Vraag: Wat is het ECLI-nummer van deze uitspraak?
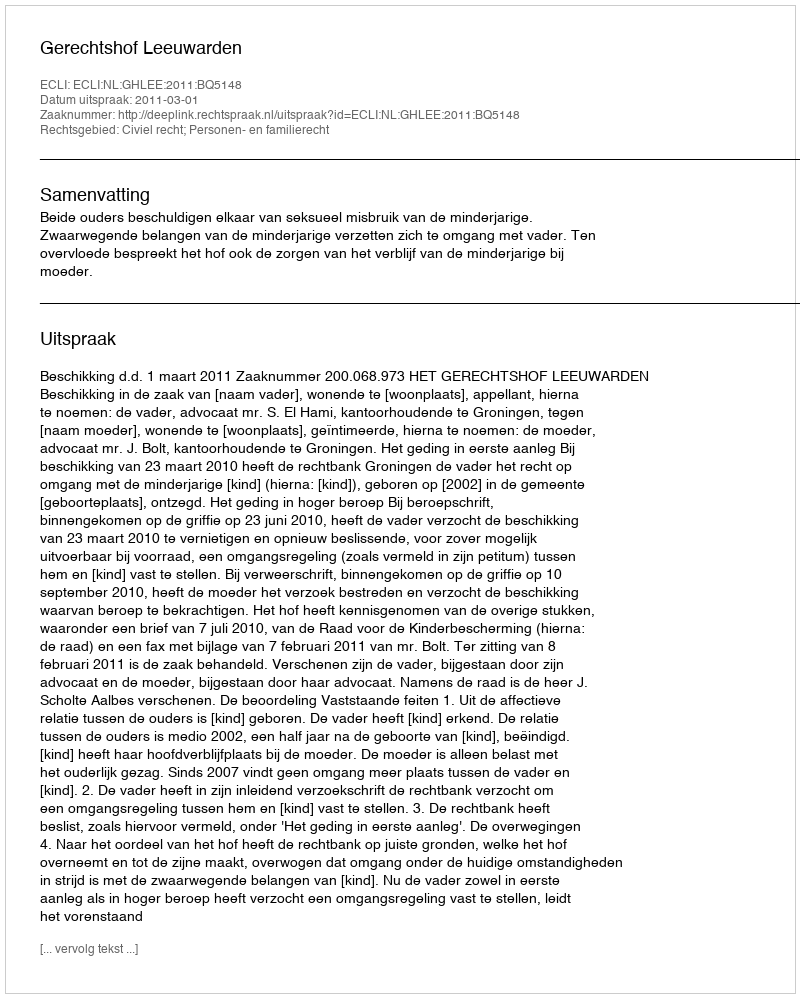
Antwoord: ECLI:NL:GHLEE:2011:BQ5148